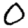
Digit: 0